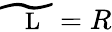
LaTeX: \widetilde{\mathrm{~\small~\mathscr~{~L~}~}}=R